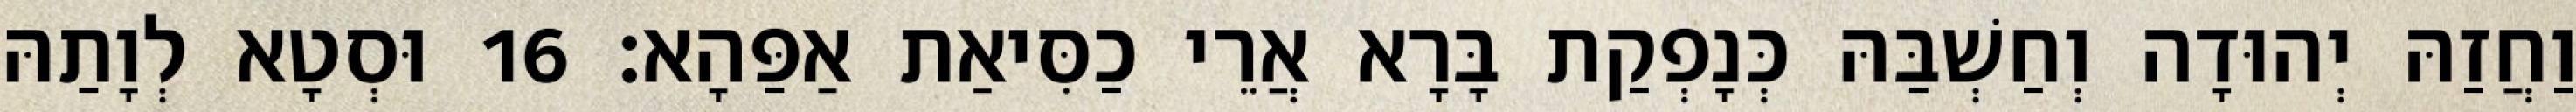
וַחֲזַהּ יְהוּדָה וְחַשְׁבַּהּ כְּנָפְקַת בָּרָא אֲרֵי כַסִּיאַת אַפַּהָא׃ 16 וּסְטָא לְוָתַהּ